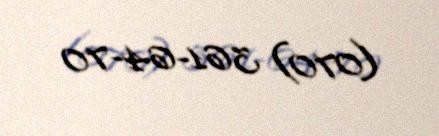
(070) 361-64-70